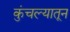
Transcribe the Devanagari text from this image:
कुंचल्यातून